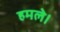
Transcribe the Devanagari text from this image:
हमले।